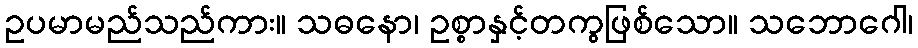
ဥပမာမည်သည်ကား။ သဓနော၊ ဥစ္စာနှင့်တကွဖြစ်သော။ သဘောဂေါ၊